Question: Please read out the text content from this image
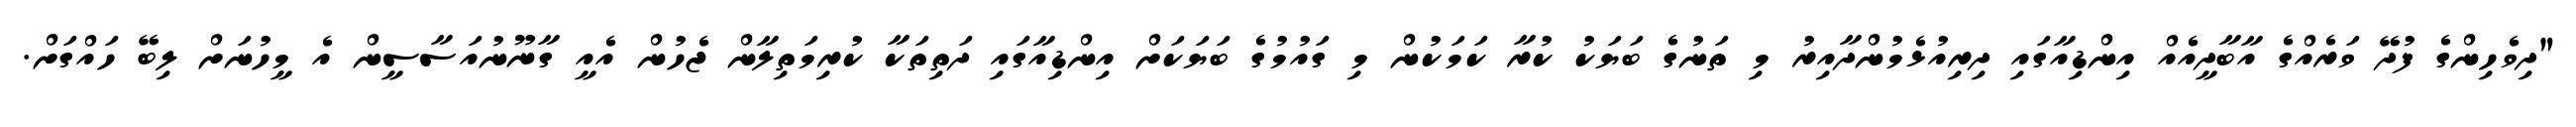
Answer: "ދިވެހިންގެ ފުދޭ ވަރެއްގެ އާބާދީއެއް އިންޑިއާގައި ދިރިއުޅެމުންދާއިރު މި ތަނުގެ ބަޔަކު ކުރާ ކަމަކުން މި ގައުމުގެ ބަޔަކަށް އިންޑިއާގައި ދަތިތަކާ ކުރިމަތިލާން ޖެހުން އެއީ ގާނޫނުއަސާސީން އެ މީހުނަށް ލިބޭ ހައްގަށް.